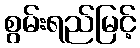
စွမ်းရည်မြင့်